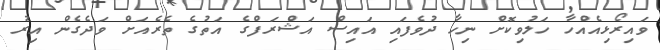
ވައިރޯޅިއެއްހާ ހަލުވިކޮށް ނިހާ ދުވެފައި އައިސް އަޝްރަފްގެ އަތުގެ ތެރެއަށް ވަދެގެން އިރު